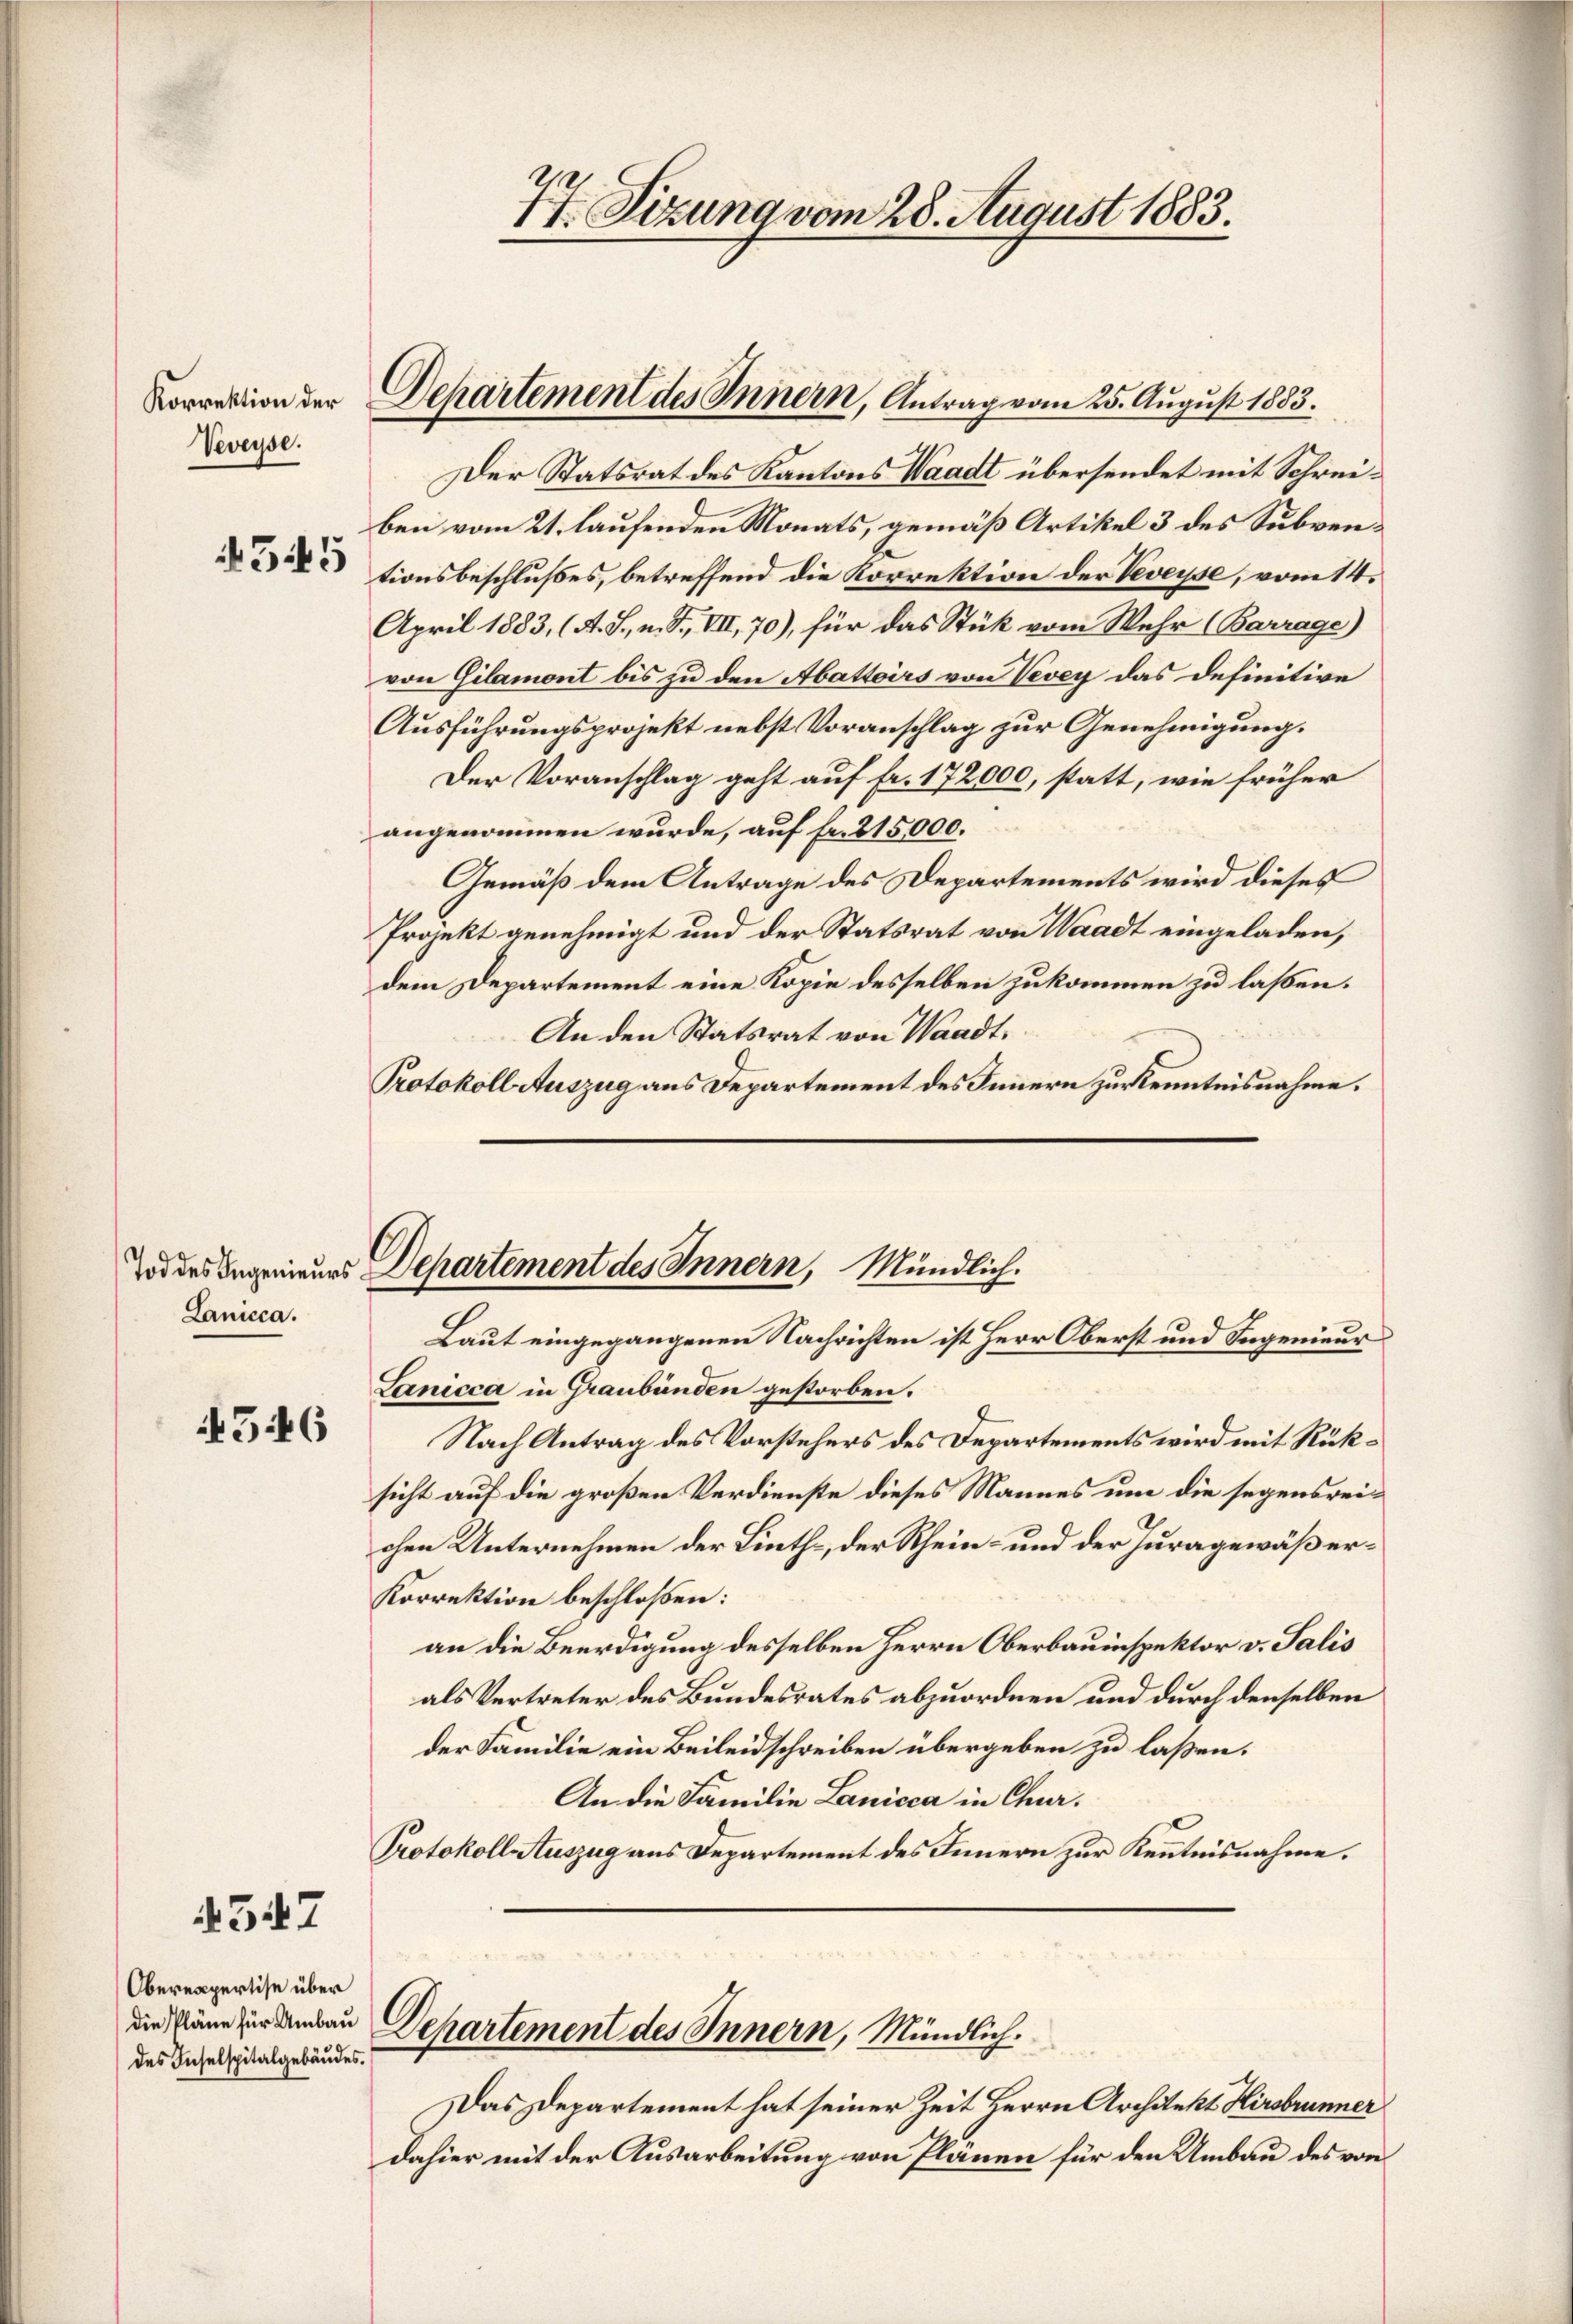
Korrektion der
Veveyse.

Lanicca.

4546

4547

Oberexpertise über
die Pläne für Umbau
des Inselspitalgebäudes.

Der Statsrat des Kantons Waadt übersendet mit Schreiben vom 21. laufenden Monats, gemäß Artikel 3 des Subventionsbeschlußes, betreffend die Korrektion der Veveyse, vom 14.
April 1883, (A. S., n. F. VIII, 70), für das Stük vom Wehr (Barrage)
von Gilamont bis zu den Abattoirs von Vevey das definitive
Ausführungsprojekt nebst Voranschlag zur Genehmigung.
Der Voranschlag geht auf fr. 172000, statt, wie früher
angenommen wurde, auf Fr. 215,000.
Gemäß dem Antrage des Departements wird dieses
Projekt genehmigt und der Statsrat von Waadt eingeladen,
dem Departement eine Kopie desselben zukommen zu laßen.
An den Statsrat von Waadt.
Protokoll Auszug aus Departement des Innern zur Kenntnisnahme.

Lanicca in Graubünden gestorben.
Nach Antrag des Vorstehers des Departements wird mit Rüksicht auf die großen Verdienste dieses Mannes um die segensreichen Unternehmen der Linths, der Rhein- und der Juragewäßer¬
Korrektion beschloßen:
an die Beerdigung desselben Herrn Oberbauinspektor v. Salis
als Vertreter des Bundesrates abzuordnen und durch denselben
der Familie ein Beileidschreiben übergeben zu laßen.
An die Familie Lanicca in Chur.
Protokoll Auszug aus Departement des Innern zur Kenntnisnahme.
Departement des Innern, Mündlich.
Das Departement hat seiner Zeit Herrn Architekt Hirsbrunner
dahier mit der Ausarbeitung von Plänen für den Umbau des von

77 Sizung vom 28. August 1883.

Dchartement des Innern, Antrag vom 25. August 1883.

Tod des Ingenieurs Departement des Innern, Mündlich.
Laut eingegangenen Nachrichten ist Herr Oberst und Ingenieur